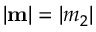
| { \bf m } | = | m _ { 2 } |